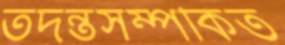
তদন্তসম্পর্কিত